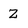
Character: Z